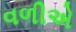
વળીએ